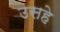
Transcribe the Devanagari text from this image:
उसहे